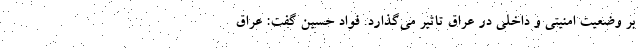
بر وضعیت امنیتی و داخلی در عراق تاثیر می‌گذارد. فواد حسین گفت: عراق